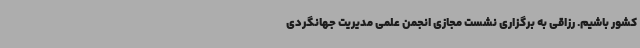
کشور باشیم. رزاقی به برگزاری نشست مجازی انجمن علمی مدیریت جهانگردی